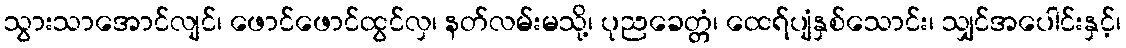
သွားသာအောင်လျင်၊ ဖောင်ဖောင်ထွင်လှ၊ နတ်လမ်းမသို့၊ ပုညခေတ္တံ၊ ထေရ်ပျံနှစ်သောင်း၊ သျှင်အပေါင်းနှင့်၊